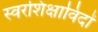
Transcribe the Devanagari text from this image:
स्वरशिक्षाविदों